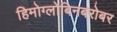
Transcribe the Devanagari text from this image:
हिमोग्लोबिनबरोबर